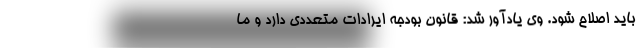
باید اصلاح شود. وی یادآور شد: قانون بودجه ایرادات متعددی دارد و ما